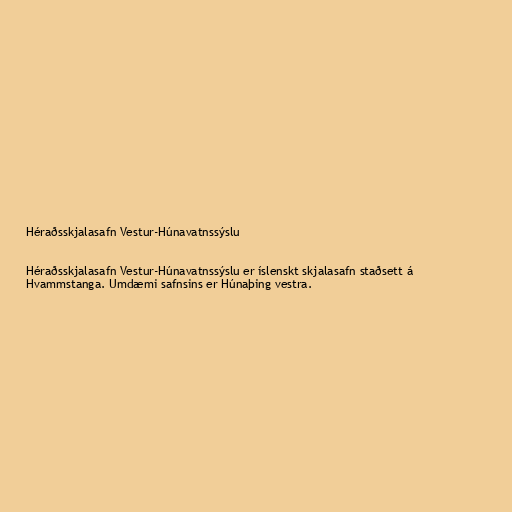
Héraðsskjalasafn Vestur-Húnavatnssýslu

Héraðsskjalasafn Vestur-Húnavatnssýslu er íslenskt skjalasafn staðsett á
Hvammstanga. Umdæmi safnsins er Húnaþing vestra.